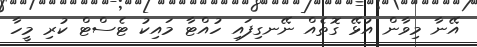
އޭނާ މިވާން އުޅޭ ގޮތެއް ނޭނގިފައި ހުއްޓާ މައިކު ޓެސްޓް ކުރި މީހާ